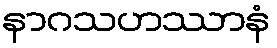
နာဂသဟဿာနံ